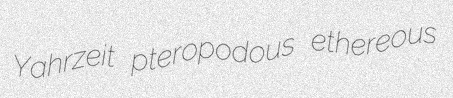
Yahrzeit pteropodous ethereous